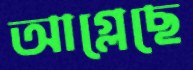
আগ্‌লেছে